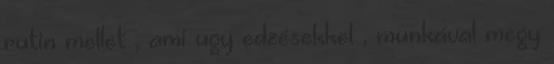
rutin mellet , ami ugy edzésekkel , munkával megy